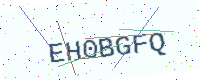
Text: EH0BGFQ